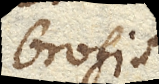
brosis.